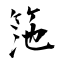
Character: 筂